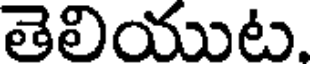
తెలియుట.